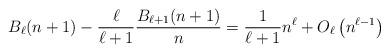
LaTeX: \begin{align*}B_\ell(n+1)-\frac{\ell}{\ell+1}\frac{B_{\ell+1}(n+1)}{n}=\frac{1}{\ell+1}n^{\ell}+O_\ell\left(n^{\ell-1}\right)\end{align*}